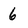
Character: 6